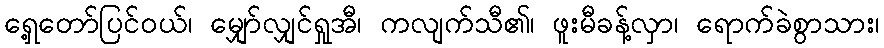
ရှေ့တော်ပြင်ဝယ်၊ မျှော်လျှင်ရှုအီ၊ ကလျက်သီ၏၊ ဖူးမီခန့်လှာ၊ ရောက်ခဲစွာသား၊